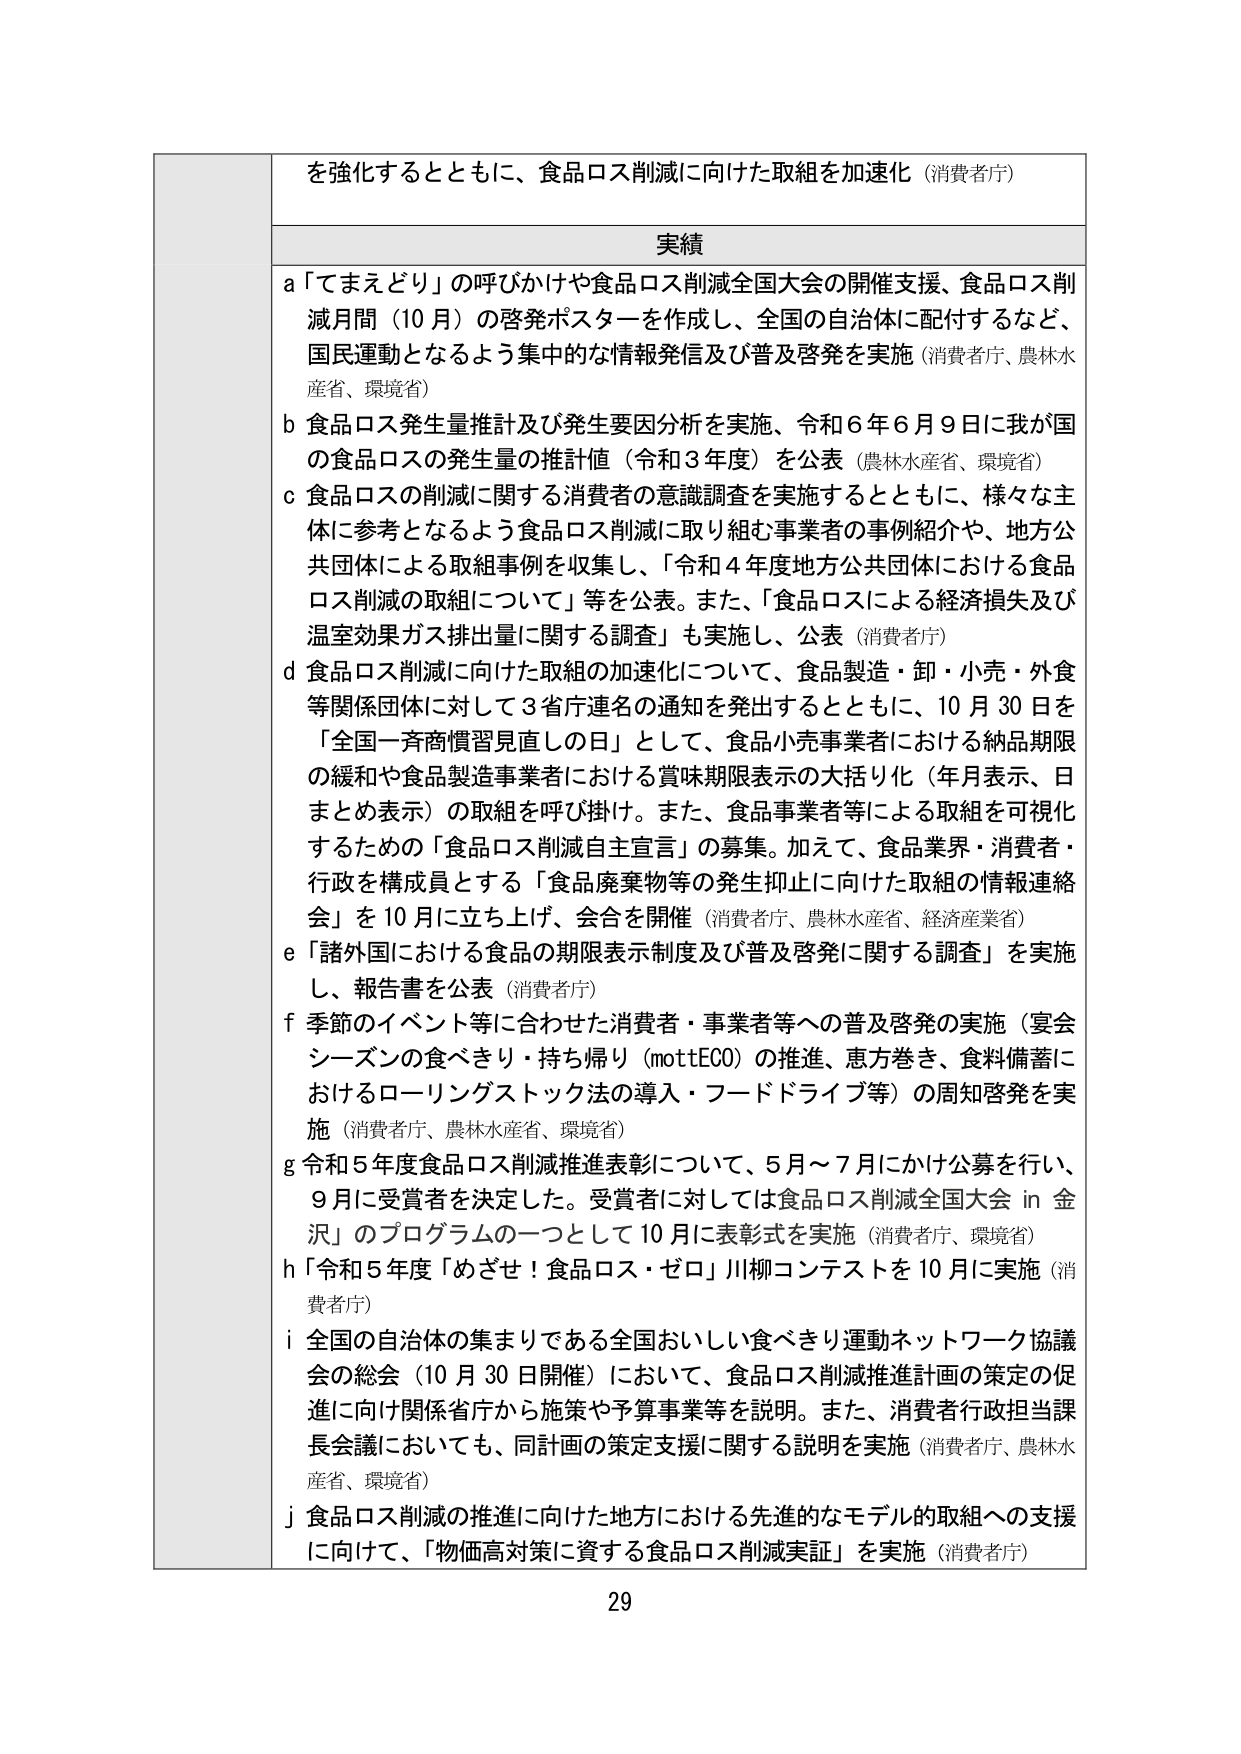
を強化するとともに、食品ロス削減に向けた取組を加速化（消費者庁）

実績

a 「てまえどり」の呼びかけや食品ロス削減全国大会の開催支援、食品ロス削減月間（10月）の啓発ポスターを作成し、全国の自治体に配付するなど、国民運動となるよう集中的な情報発信及び普及啓発を実施（消費者庁、農林水産省、環境省）

b 食品ロス発生量推計及び発生要因分析を実施、令和6年6月9日に我が国の食品ロスの発生量の推計値（令和3年度）を公表（農林水産省、環境省）

c 食品ロスの削減に関する消費者の意識調査を実施するとともに、様々な主体に参考となるよう食品ロス削減に取り組む事業者の事例紹介や、地方公共団体による取組事例を収集し、「令和4年度地方公共団体における食品ロス削減の取組について」等を公表。また、「食品ロスによる経済損失及び温室効果ガス排出量に関する調査」も実施し、公表（消費者庁）

d 食品ロス削減に向けた取組の加速化について、食品製造・卸・小売・外食等関係団体に対して3省庁連名の通知を発出するとともに、10月30日を「全国一斉商慣習見直しの日」として、食品小売事業者における納品期限の緩和や食品製造事業者における賞味期限表示の大括り化（年月表示、日まとめ表示）の取組を呼び掛け。また、食品事業者等による取組を可視化するための「食品ロス削減自主宣言」の募集。加えて、食品業界・消費者・行政を構成員とする「食品廃棄物等の発生抑止に向けた取組の情報連絡会」を10月に立ち上げ、会合を開催（消費者庁、農林水産省、経済産業省）

e 「諸外国における食品の期限表示制度及び普及啓発に関する調査」を実施し、報告書を公表（消費者庁）

f 季節のイベント等に合わせた消費者・事業者等への普及啓発の実施（宴会シーズンの食べきり・持ち帰り（mottECO）の推進、恵方巻き、食料備蓄におけるローリングストック法の導入・フードドライブ等）の周知啓発を実施（消費者庁、農林水産省、環境省）

g 令和5年度食品ロス削減推進表彰について、5月～7月にかけ公募を行い、9月に受賞者を決定した。受賞者に対しては食品ロス削減全国大会 in 金沢」のプログラムの一つとして10月に表彰式を実施（消費者庁、環境省）

h 「令和5年度「めざせ！食品ロス・ゼロ」川柳コンテストを10月に実施（消費者庁）

i 全国の自治体の集まりである全国おいしい食べきり運動ネットワーク協議会の総会（10月30日開催）において、食品ロス削減推進計画の策定の促進に向け関係省庁から施策や予算事業等を説明。また、消費者行政担当課長会議においても、同計画の策定支援に関する説明を実施（消費者庁、農林水産省、環境省）

j 食品ロス削減の推進に向けた地方における先進的なモデルの取組への支援に向けて、「物価高対策に資する食品ロス削減実証」を実施（消費者庁）

29